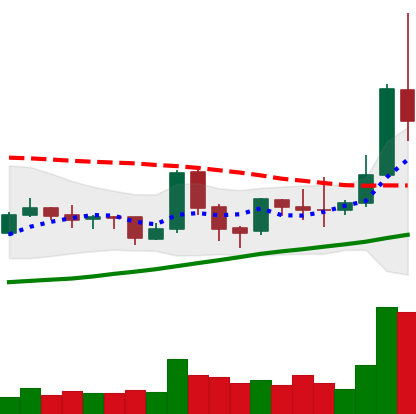
Ticker: TRX-USD
Chart end date: 2019-04-03
Forward return: 18.455%
Label: up_7plus